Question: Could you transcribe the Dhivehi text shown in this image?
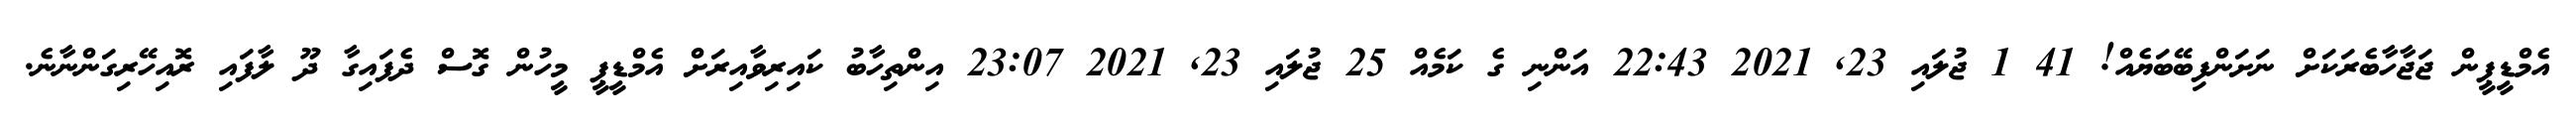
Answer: އެމްޑީޕީން ޖަޖާހާބެރަކަށް ނަށަންފިބޭބަޔެއް! 41 1 ޖުލައި 23, 2021 22:43 އަންނި ގެ ކަމެއް 25 ޖުލައި 23, 2021 23:07 އިންތިހާބު ކައިރިވާއިރަށް އެމްޑީޕީ މީހުން ގޮސް ދެފައިގާ ދޫ ލާފައި ރޮއިހޭރިގަންނާނެ.